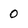
Character: 0